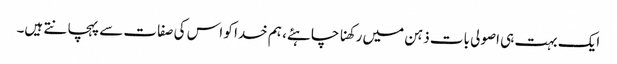
ایک بہت ہی اصولی بات ذہن میں رکھنا چاہئے، ہم خدا کو اس کی صفات سے پہچانتے ہیں۔